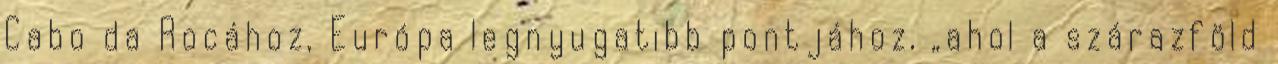
Cabo da Rocához, Európa legnyugatibb pontjához, „ahol a szárazföld